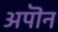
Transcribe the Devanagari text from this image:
अपॊन